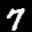
Label: 7